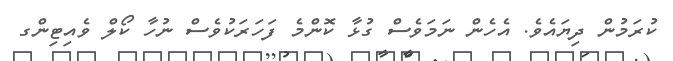
ކުރަމުން ދިޔައެވެ. އެހެން ނަމަވެސް ގުޅާ ކޮންމެ ފަހަރަކުވެސް ނުހާ ކޯލް ވެއިޓިންގ